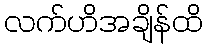
လက်ဟိအချိန်ထိ